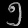
Digit: ၅